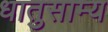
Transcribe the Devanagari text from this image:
धातुसाम्य